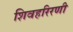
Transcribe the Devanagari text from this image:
शिवहरिरणी